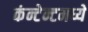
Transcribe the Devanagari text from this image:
कंन्टेन्टमध्ये